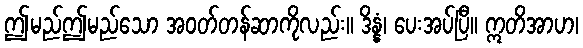
ဤမည်ဤမည်သော အဝတ်တန်ဆာကိုလည်း။ ဒိန္နံ၊ ပေးအပ်ပြီ။ ဣတိအာဟ၊